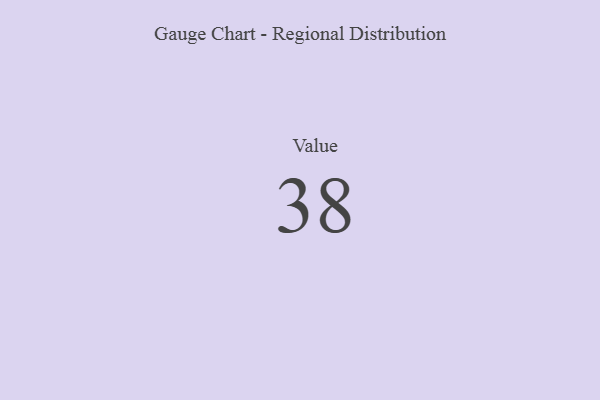
{"axis": {"x": "Metric", "y": "Value"}, "legend": [""], "data": [{"x": "Value", "y": 38, "type": ""}]}